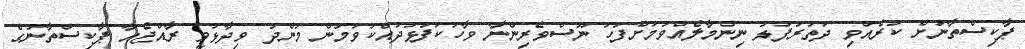
ޕާކިސްތާނަށް ކުރެއްވި ދަތުރުފުޅު ނިންމާލެއްވުމަށްފަހު ނޫސްވެރިންނާ ވާހަކަފުޅުދައްކަވަމުން މުންދު ވިދާޅުވީ ރާއްޖެެއާ ޕާކިސްތާނުގެ